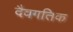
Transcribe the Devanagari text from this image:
दैवगतिक